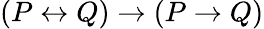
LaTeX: (P\leftrightarrow Q)\to(P\to Q)